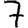
Digit: 7